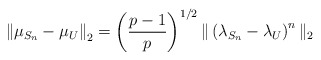
\begin{align*}\left\| \mu_{S_n} - \mu_U \right\|_2& = \left(\frac{p-1}{p}\right)^{1/2} \| \left( \lambda_{S_n} - \lambda_U \right)^n \|_2\end{align*}